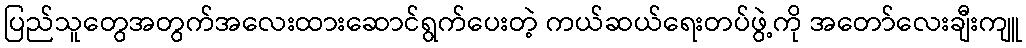
ပြည်သူတွေအတွက်အလေးထားဆောင်ရွက်ပေးတဲ့ ကယ်ဆယ်ရေးတပ်ဖွဲ့ကို အတော်လေးချီးကျူ